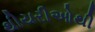
થીયરીઓથી